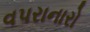
વપરાનારો